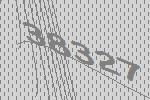
38327